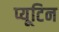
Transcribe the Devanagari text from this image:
प्यूटिन